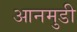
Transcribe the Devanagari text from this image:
आनमुडी